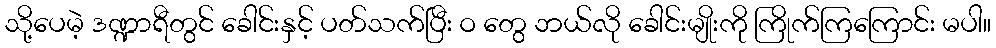
သို့ပေမဲ့ ဒဏ္ဍာရီတွင် ခေါင်းနှင့် ပတ်သက်ပြီး ဝ တွေ ဘယ်လို ခေါင်းမျိုးကို ကြိုက်ကြကြောင်း မပါ။